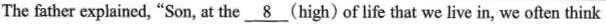
The father explained, "Son, at the \underline{8} (high) of life that we live in, we often think